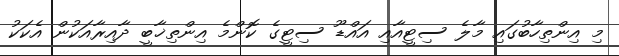
މި އިންތިހާބުގައި މާލެ ސިޓީއާއި އައްޑޫ ސިޓީގެ ކޮންމެ އިންތިޚާބީ ދާއިރާއަކުން އެކަކު